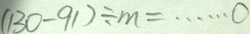
( 1 3 0 - 9 1 ) \div m = \cdots o